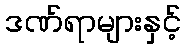
ဒဏ်ရာများနှင့်